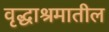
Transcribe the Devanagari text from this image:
वृद्धाश्रमातील